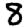
Digit: 8